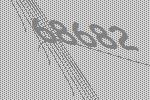
68682